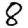
Digit: 8